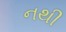
નથી